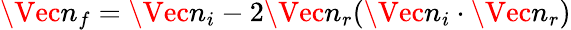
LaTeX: \begin{array}{r}{\Vec{n}_{f}=\Vec{n}_{i}-2\Vec{n}_{r}(\Vec{n}_{i}\cdot\Vec{n}_{r})}\end{array}